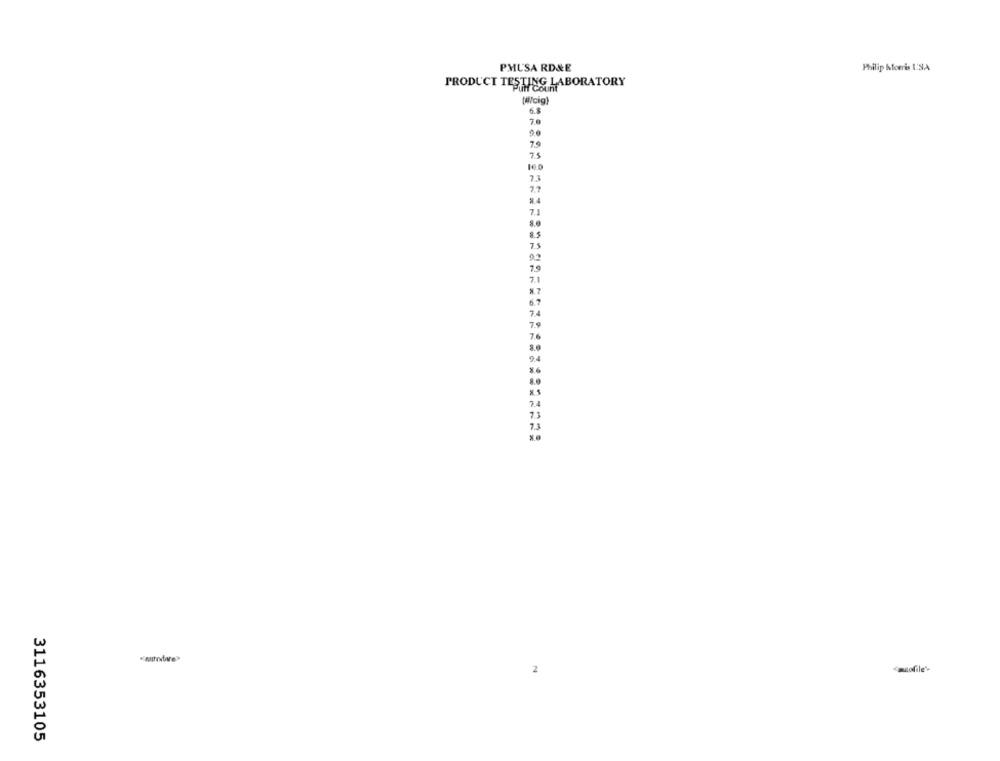
PMUSA RD&E
Philip Morris ISA
PRODUCT TESTING I
THE LABORATORY
6.8
79
75
73
7.7
7.1
75
02
7.1
6.7
7.4
79
7.6
8.0
24
7.4
7.3
7.3
Casofile'
3116353105